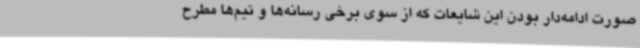
صورت ادامه‌دار بودن این شایعات که از سوی برخی رسانه‌ها و تیم‌ها مطرح